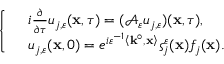
\left\{ \begin{array} { r l } & { i \frac { \partial } { \partial \tau } u _ { j , \varepsilon } ( \mathbf { x } , \tau ) = ( \mathcal { A } _ { \varepsilon } u _ { j , \varepsilon } ) ( \mathbf { x } , \tau ) , } \\ & { u _ { j , \varepsilon } ( \mathbf { x } , 0 ) = e ^ { i \varepsilon ^ { - 1 } \left\langle \mathbf { k } ^ { \circ } , \mathbf { x } \right\rangle } \varsigma _ { j } ^ { \varepsilon } ( \mathbf { x } ) f _ { j } ( \mathbf { x } ) . } \end{array} \right.